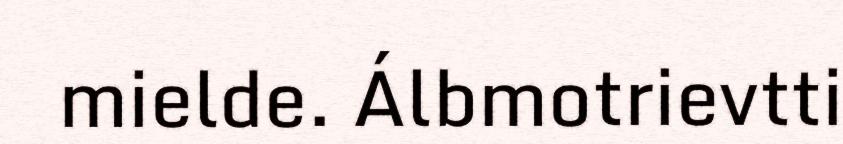
mielde. Álbmotrievtti